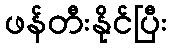
ဖန်တီးနိုင်ပြီး